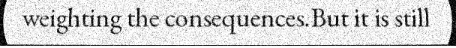
weighting the consequences.But it is still